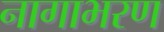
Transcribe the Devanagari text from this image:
नागाभरण